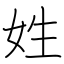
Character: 姓